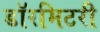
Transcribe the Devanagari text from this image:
डॉरमिटरी